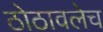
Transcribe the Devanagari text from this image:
ठोठावलेच